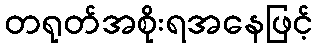
တရုတ်အစိုးရအနေဖြင့်